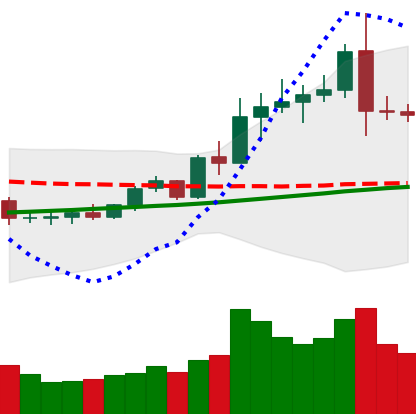
Ticker: ETC-USD
Chart end date: 2020-08-04
Forward return: -3.344%
Label: down_3_5